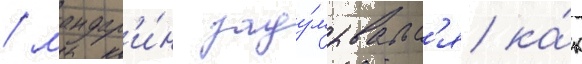
/ мандар'и́н заду́мывалс'я ка́к